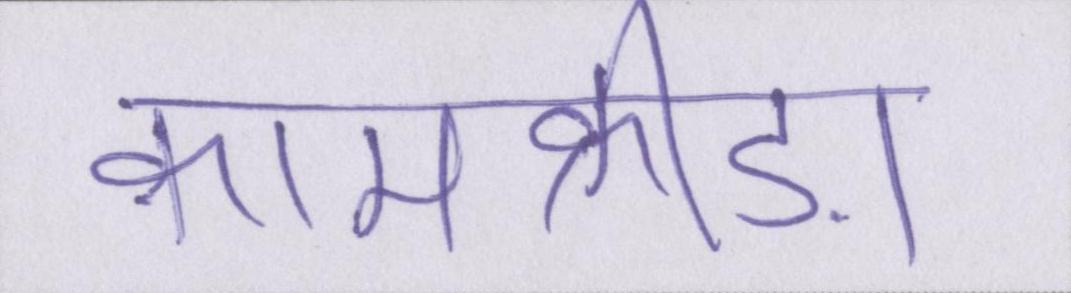
कामक्रीड़ा